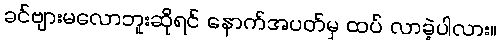
ခင်ဗျားမလောဘူးဆိုရင် နောက်အပတ်မှ ထပ် လာခဲ့ပါလား။